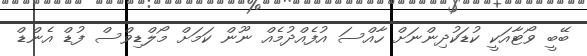
ބޭބީ ވޯޓާއަކީ ކުޑަކުދިންނަށް ހާއްސަ އުފެއްދުމެއް ނޫން ކަމަށް މޯލްޑިވްސް ފުޑް އެންޑް